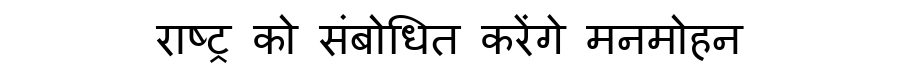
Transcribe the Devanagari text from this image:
राष्ट्र को संबोधित करेंगे मनमोहन